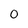
Character: 0